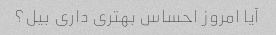
آیا امروز احساس بهتری داری بیل؟